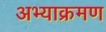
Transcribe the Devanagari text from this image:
अभ्याक्रमण